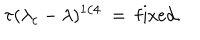
LaTeX: \tau ( \lambda _ { c } - \lambda ) ^ { 1 / 4 } \ = \ \mathrm { f i x e d } .